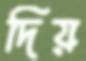
দিয়